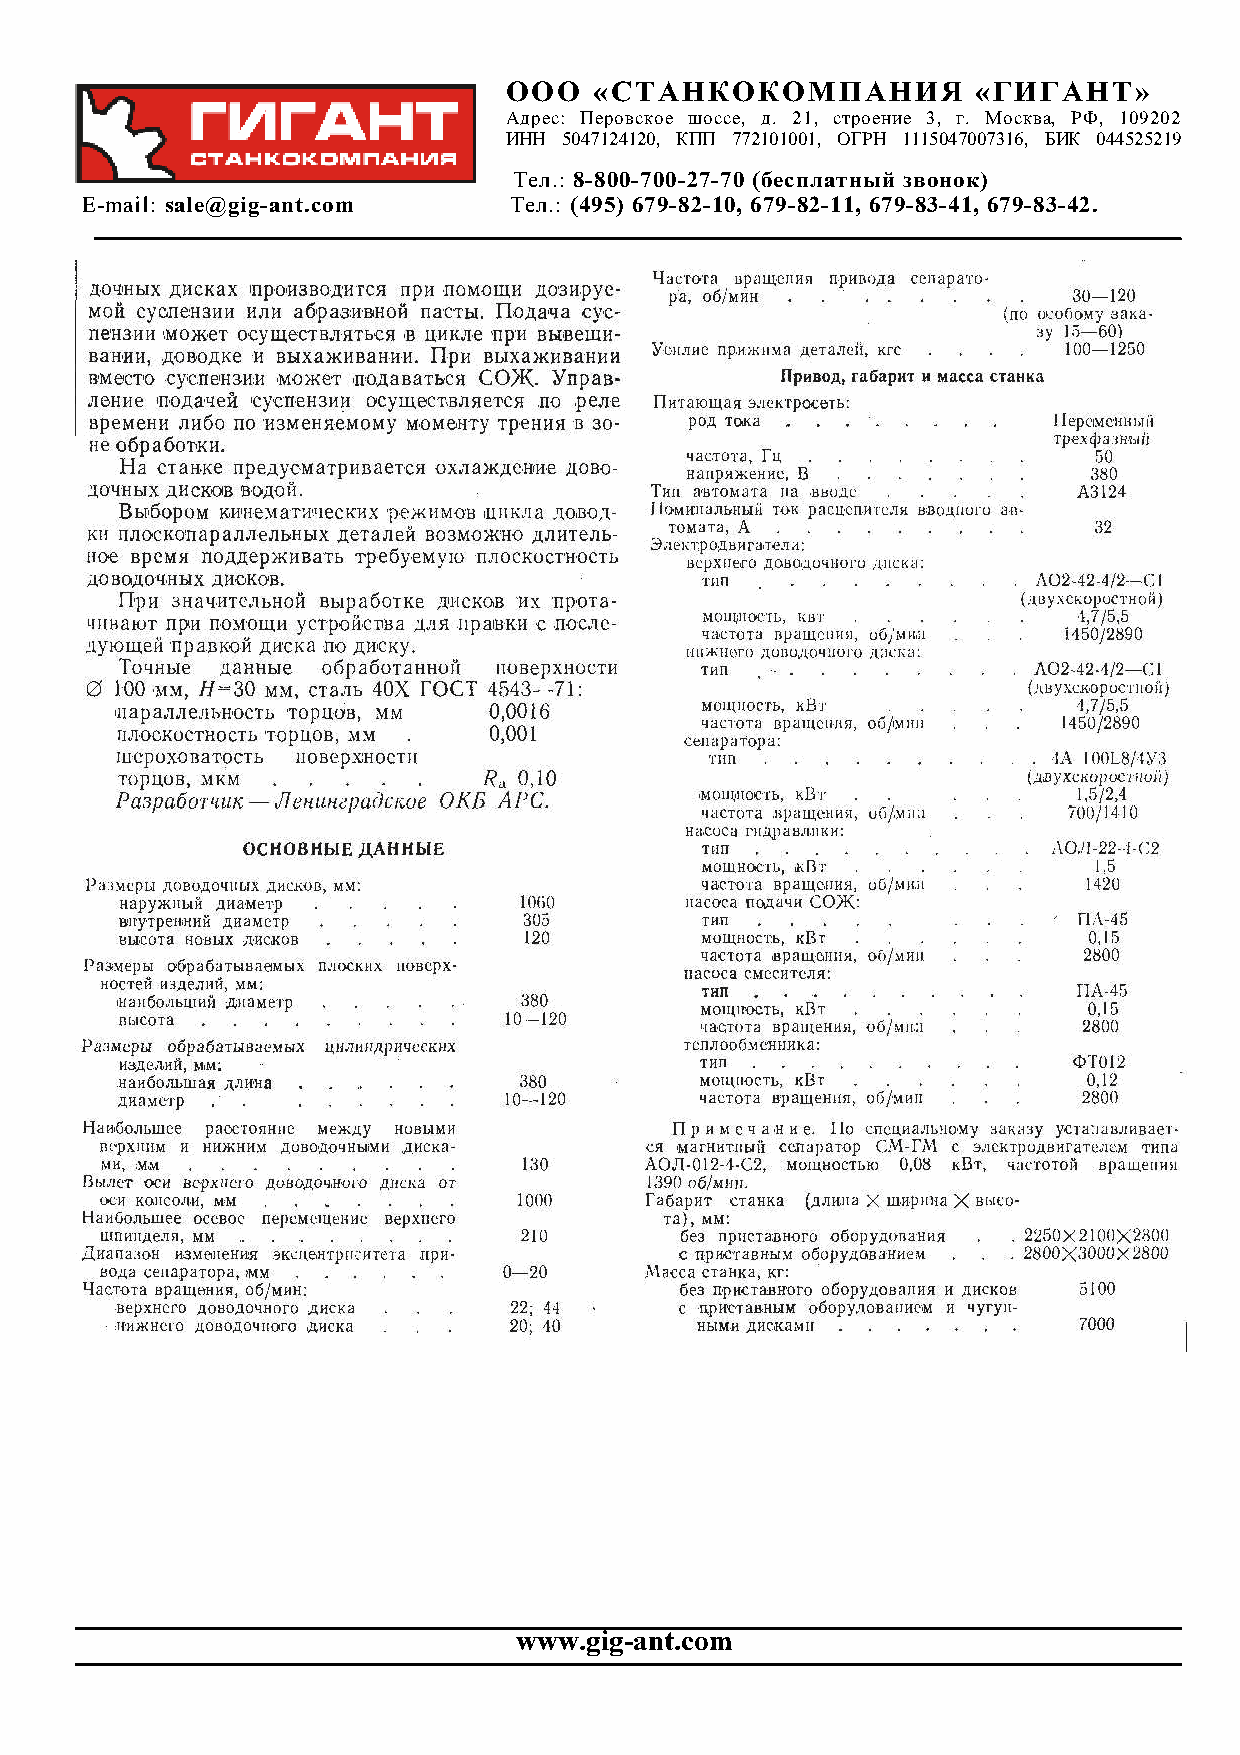
ООО  «СТАНКОКОМПАНИЯ           «ГИГАНТ»
 Адрес: Перовское шоссе, д. 21, строение 3, г. Москва, РФ, 109202
 ИНН 5047124120, КПП 772101001, ОГРН 1115047007316, БИК 044525219
 Тел.: 8-800-700-27-70 (бесплатный звонок)
 E-mail: sale@gig-ant.com     Тел.: (495) 679-82-10, 679-82-11, 679-83-41, 679-83-42.
 www.gig-ant.com